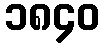
၁၈၄၀